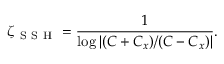
\zeta _ { \mathrm { ~ S ~ S ~ H ~ } } = \frac { 1 } { \log \left| ( C + C _ { x } ) / ( C - C _ { x } ) \right| } .